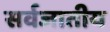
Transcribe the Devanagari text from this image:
सर्वजातीय